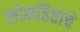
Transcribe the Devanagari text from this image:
लोकहिताचे